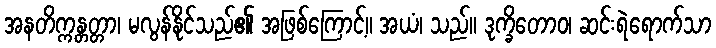
အနတိက္ကန္တတ္တာ၊ မလွန်နိုင်သည်၏ အဖြစ်ကြောင့်။ အယံ၊ သည်။ ဒုက္ခိတောဝ၊ ဆင်းရဲရောက်သာ